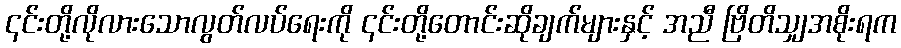
၎င်းတို့လိုလားသောလွတ်လပ်ရေးကို ၎င်းတို့တောင်းဆိုချက်များနှင့် အညီ ဗြိတိသျှအစိုးရက